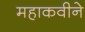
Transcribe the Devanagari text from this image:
महाकवीने